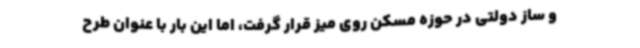
و ساز دولتی در حوزه مسکن روی میز قرار گرفت، اما این بار با عنوان طرح